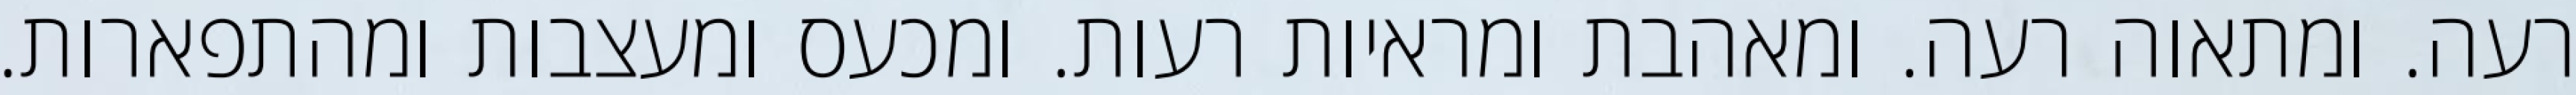
רעה. ומתאוה רעה. ומאהבת ומראיות רעות. ומכעס ומעצבות ומהתפארות.